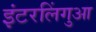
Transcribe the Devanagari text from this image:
इंटरलिंगुआ